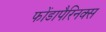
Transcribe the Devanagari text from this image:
फोंडापैरिनक्स